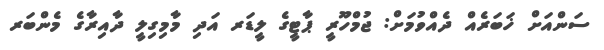
ސަންއަށް ޚަބަރެއް ދެއްވުމަށް: ޖުމްހޫރީ ޕާޓީގެ ލީޑަރ އަދި މާމިގިލީ ދާއިރާގެ މެންބަރ